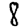
Digit: 8